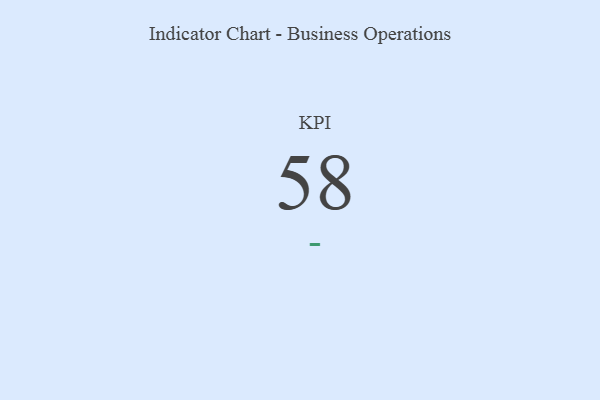
{"axis": {"x": "KPI", "y": "Value"}, "legend": [""], "data": [{"x": "KPI", "y": 58, "type": ""}]}